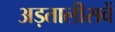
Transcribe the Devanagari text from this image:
अड़तालीसवें